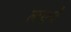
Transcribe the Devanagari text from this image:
लएने